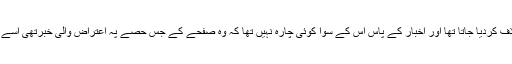
وہ خبر جس پہ اعتراض کیا جاتا تھا اسے اخبار کے صفحے سے حذف کردیا جاتا تھا اور اخبار کے پاس اس کے سوا کوئی چارہ نہیں تھا کہ وہ صفحے کے جس حصے پہ اعتراض والی خبرتھی اسے حذف کردینے کے بعد خالی جگہ کے ساتھ ہی شائع کرسکتے تھے۔